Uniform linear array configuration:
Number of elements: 4
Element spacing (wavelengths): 0.5
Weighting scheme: binomial
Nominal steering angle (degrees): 0
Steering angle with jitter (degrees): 0.1515
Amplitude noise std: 0.05
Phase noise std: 0.05

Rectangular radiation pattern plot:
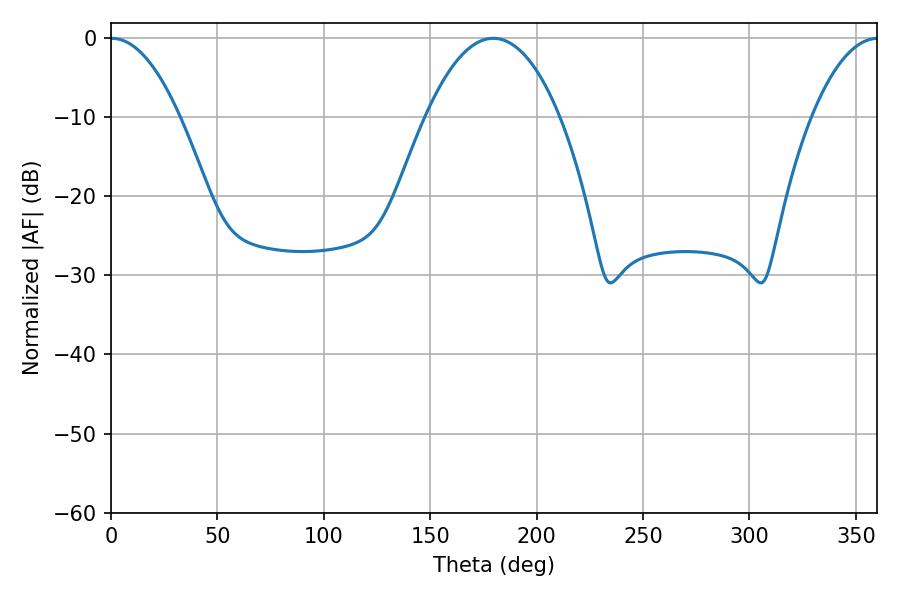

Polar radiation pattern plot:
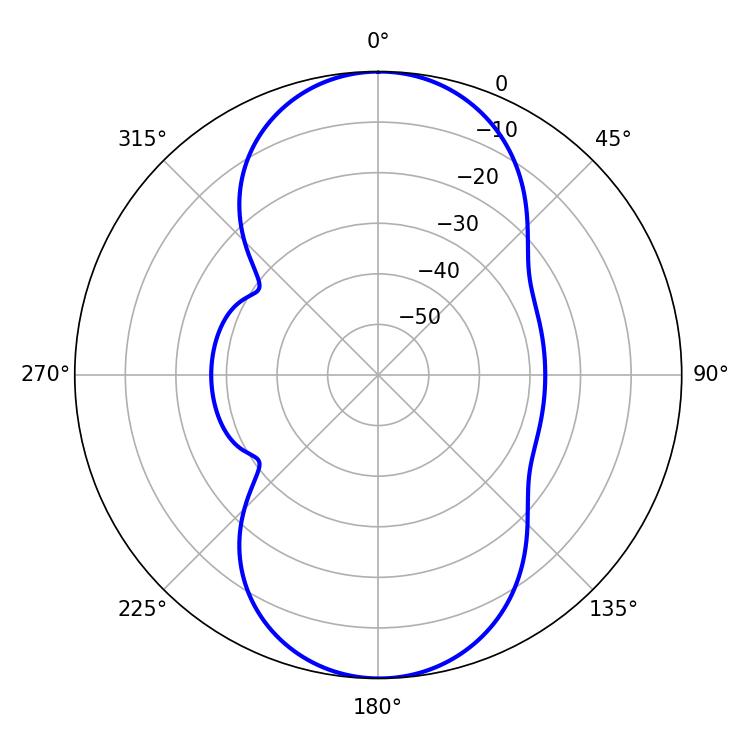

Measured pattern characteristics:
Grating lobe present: FALSE
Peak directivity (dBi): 20.844
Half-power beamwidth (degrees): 18
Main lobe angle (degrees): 0.36